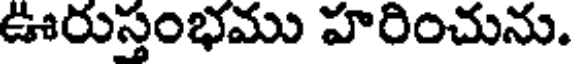
ఊరుస్తంభము హరించును.